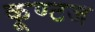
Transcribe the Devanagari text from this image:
कूण्टज